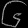
Digit: ၆